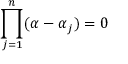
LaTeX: \prod _ { j = 1 } ^ { n } ( \alpha - \alpha _ { j } ) = 0 \,